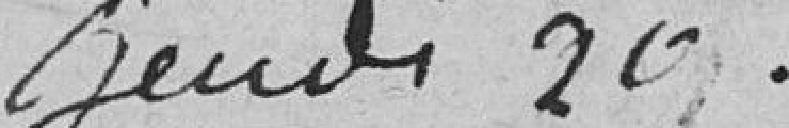
jeudi 20